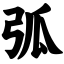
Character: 弧